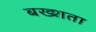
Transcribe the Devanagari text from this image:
बख्शता